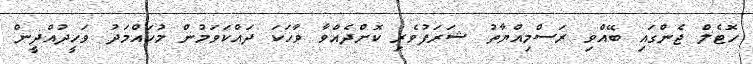
ހޮޓެލް ޖެންގައި ބޭއްވި ރަސްމިއްޔާތު ޝަރަފުވެރި ކޮށްދެއްވާ ވާހަކަ ދައްކަވަމުން މުހައްމަދު ވަހީދުއްދީން